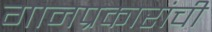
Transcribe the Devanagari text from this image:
गानप्रकारांची